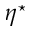
\eta ^ { \star }